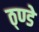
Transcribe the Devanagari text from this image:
ठ्ण्डे